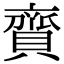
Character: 𧷔